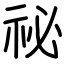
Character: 祕